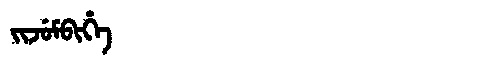
Manchu: ᠵᡳᠵᡠᠮᠪᡳᡥᡝ
Romanization: JIJUMBIHE